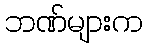
ဘဏ်များက